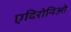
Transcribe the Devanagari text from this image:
एदिरोनिओ